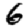
Digit: 6